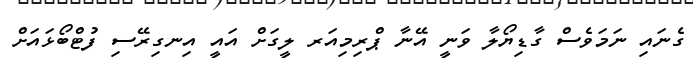
ގެނައި ނަމަވެސް ގާޑިޔޯލާ ވަނީ އޭނާ ޕްރިމިއަރ ލީގަށް އައީ އިނގިރޭސި ފުޓްބޯޅައަށް